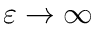
\varepsilon \to \infty